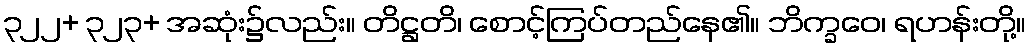
၃၂၂+ ၃၂၃+ အဆုံး၌လည်း။ တိဋ္ဌတိ၊ စောင့်ကြပ်တည်နေ၏။ ဘိက္ခဝေ၊ ရဟန်းတို့။